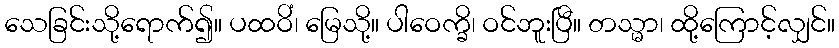
သေခြင်းသို့ရောက်၍။ ပထဝိံ၊ မြေသို့။ ပါဝေက္ခိ၊ ဝင်ဘူးပြီ။ တသ္မာ၊ ထို့ကြောင့်လျှင်။